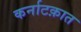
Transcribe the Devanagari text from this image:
कर्नाटक़ात